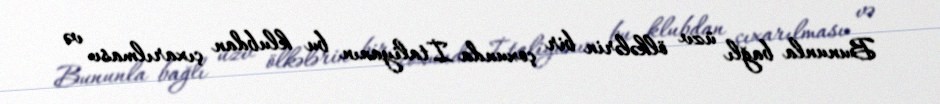
Bununla bağlı üzv ölkələrin bir çoxunda İtaliyanın bu klubdan çıxarılması və